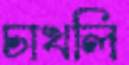
চাখলি